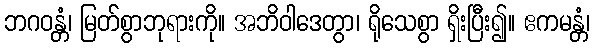
ဘဂဝန္တံ၊ မြတ်စွာဘုရားကို။ အဘိဝါဒေတွာ၊ ရိုသေစွာ ရှိးပြီး၍။ ဧကမန္တံ၊